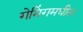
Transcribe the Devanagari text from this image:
गेमिंगमधील